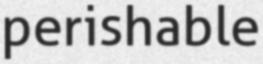
perishable